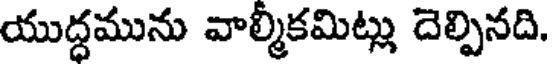
యుద్ధమును వాల్మీకమిట్లు దెల్పినది.